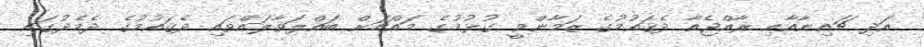
އަދި ޗައިނާއާއި ރާއްޖެއާ ދެޤައުމުގެ ޒަމާންވީ ގުޅުމުގެ މައްޗަށް ބައްލަވާލައްވައި ދެޤައުމުގެ ދެމެދުގައި